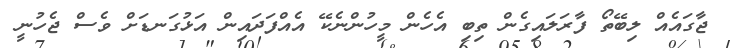
ޖާގައެއް ލިބޭތޯ ފާރަލައިގެން ތިބި އެހެން މީހުންނެކޭ އެއްފަދައިން އަޅުގަނޑަށް ވެސް ޖެހުނީ